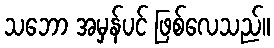
သဘော အမှန်ပင် ဖြစ်လေသည်။